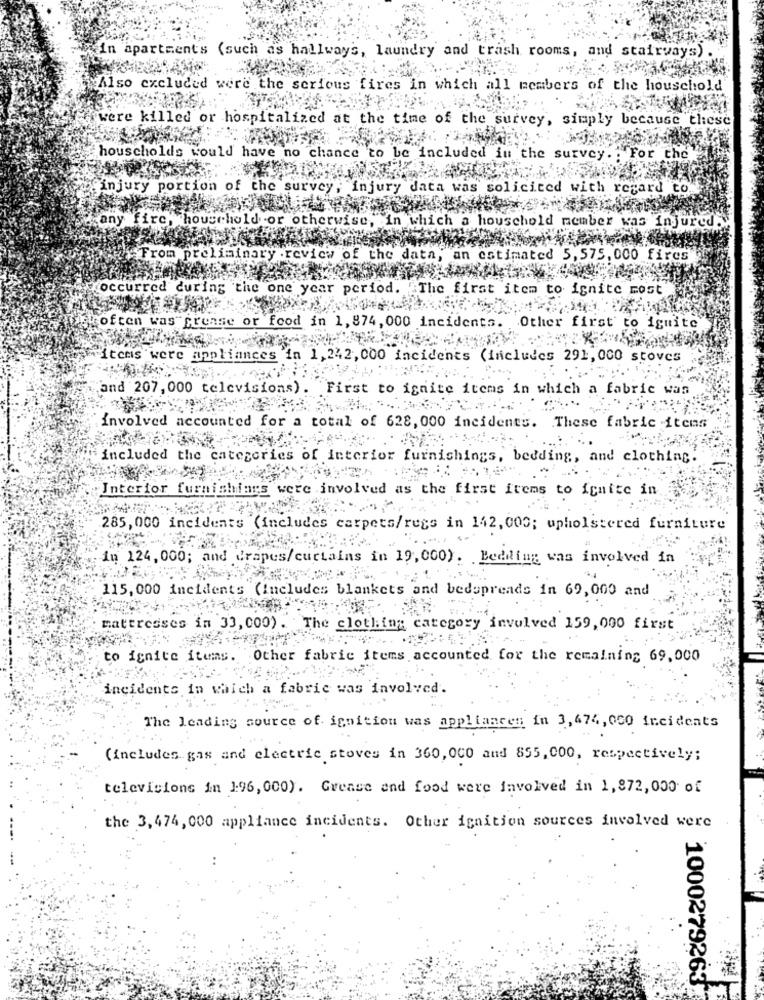
in apartments (such as hallway's, laundry and trash rooms, and stairways)
¥Also excluded were the serious fires in which all members of the household'
were killed or hospitalized at the time of the survey, simply because these
houscholds would have no chance to be included in the survey. . For the
injury portion of the survey, injury data was solicited with regard to.
any fire, household .or
ise, in which a houschold member was injured.
From preliminary .
w of the data, an estimated 5,575, 000 fires
occurred during the one year period. The first item to ignite most
often was frease or food in 1, 874, 000 incidents. Other first to iguite
"Items were appliances"
in 1,242, 000 incidents (includes 291, 000 stoves
and 207, 000 televisions).
First to ignite items in which a fabric was
involved accounted for a total of 628, 000 incidents. These fabric itens
included the categories of interior furnishings, bedding, and clothing
Interior furnishings were involved as the first items to fruite in
285, 000 incidents (includes carpets/regs in 142, 000; upholstered furniture
in 124,000; and drapes/curtains in 19,000). Bedding was involved in
115, 000 incidents (includes blankets and bedspreads in 69,000 and
mattresses in 33, 000) . The clothing category involved 159,000 first
to ignite items. Other fabric items accounted for the remaining 69,000
incidente in which a fabric was involved.
The leading source of ignition was appliancen in 3,474, 000 incidents
(includes gas and electric stoves in 360, 000 and 855,000, respectively;
televisione in 196, 000). Grease and food were involved in 1,872,000 of
the 3,474, 000 appliance incidents. Other ignition sources involved were
1000279263